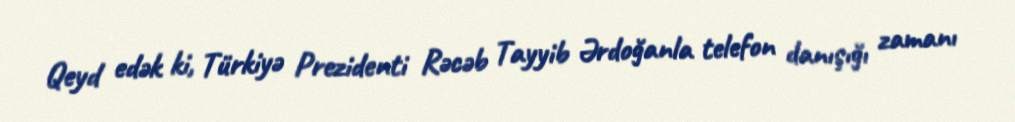
Qeyd edək ki, Türkiyə Prezidenti Rəcəb Tayyib Ərdoğanla telefon danışığı zamanı